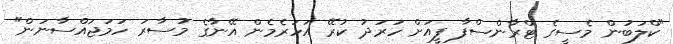
"ކްލަބުން މެސީގެ ޓްރާންސްފާ ފީއަށް ހަރަދު ކުރޭ އަހަރެމެން އޭނާގެ މުސާރަ ހަމަޖައްސާނަން"